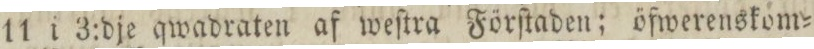
11 i 3:dje qwadraten af weſtra Förſtaden; öfwerenskom=